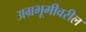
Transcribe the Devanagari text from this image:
अग्रभूमीवरील